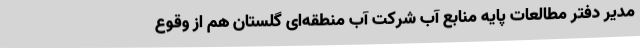
مدیر دفتر مطالعات پایه منابع آب شرکت آب منطقه‌ای گلستان هم از وقوع